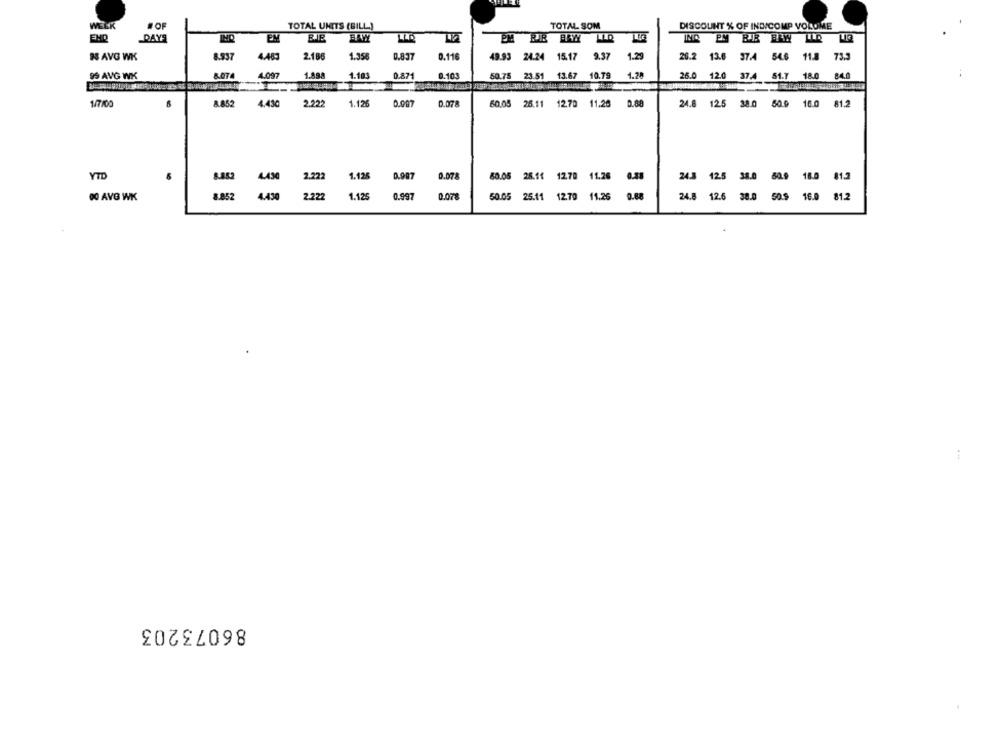
WEEK
#OF
TOTAL UNITS (BILL)
TOTAL SOM
DISCOLINT % OF INDICOMP VOLUME
EMD
DAYS
EM
83 AVG WK
8.937
4.483
2.186
1.358
0.837
0.116
49.93 24.24 15.17
9.37
1.2
26.2 13.6 37.4 54.6 11.8 73.3
8.074
4.097
1.88.
1.103
0.871
10.79
1.28
84.0
99 AVG WK
0.103
50.75
23.51 13.67
26.0 12.0 37.4 51.7 18.0
1/7/00
4.430
2.222
1.126
0.997
0.078
60.05 25.11
1270 11.28
0.88
24.8 12.5 38.0 50.0 16.0
81.2
8.852
24.8
YTD
8.452
4.430
2.222
1.126
0.987
0.078
80.05 25.11 12.70 11.26 0.48
24.3 12.5 38.0 50.9 18.0 81.2
00 AVG WK
8.852
4.430
2.222
1.125
0.997
50.05 25.11 12.70 11.26 0.88
24.8 12.6 38.0 50.9 16.0 81.2
86073203